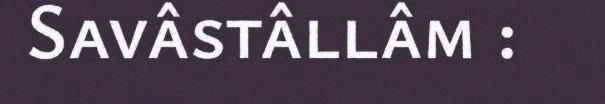
Savâstâllâm :